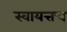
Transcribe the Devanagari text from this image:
स्वायत्तच